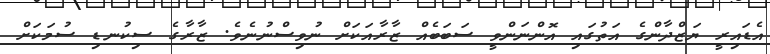
އެޑައިރީ ޔަޒްދާންގެ އަތުގައި އޮންނަންވީ ސަބަބެއް ޒާރާއަކަށް ނުވިސްނުނެވެ. ޒާރާގެ ސިކުނޑި ސުމަކަށް